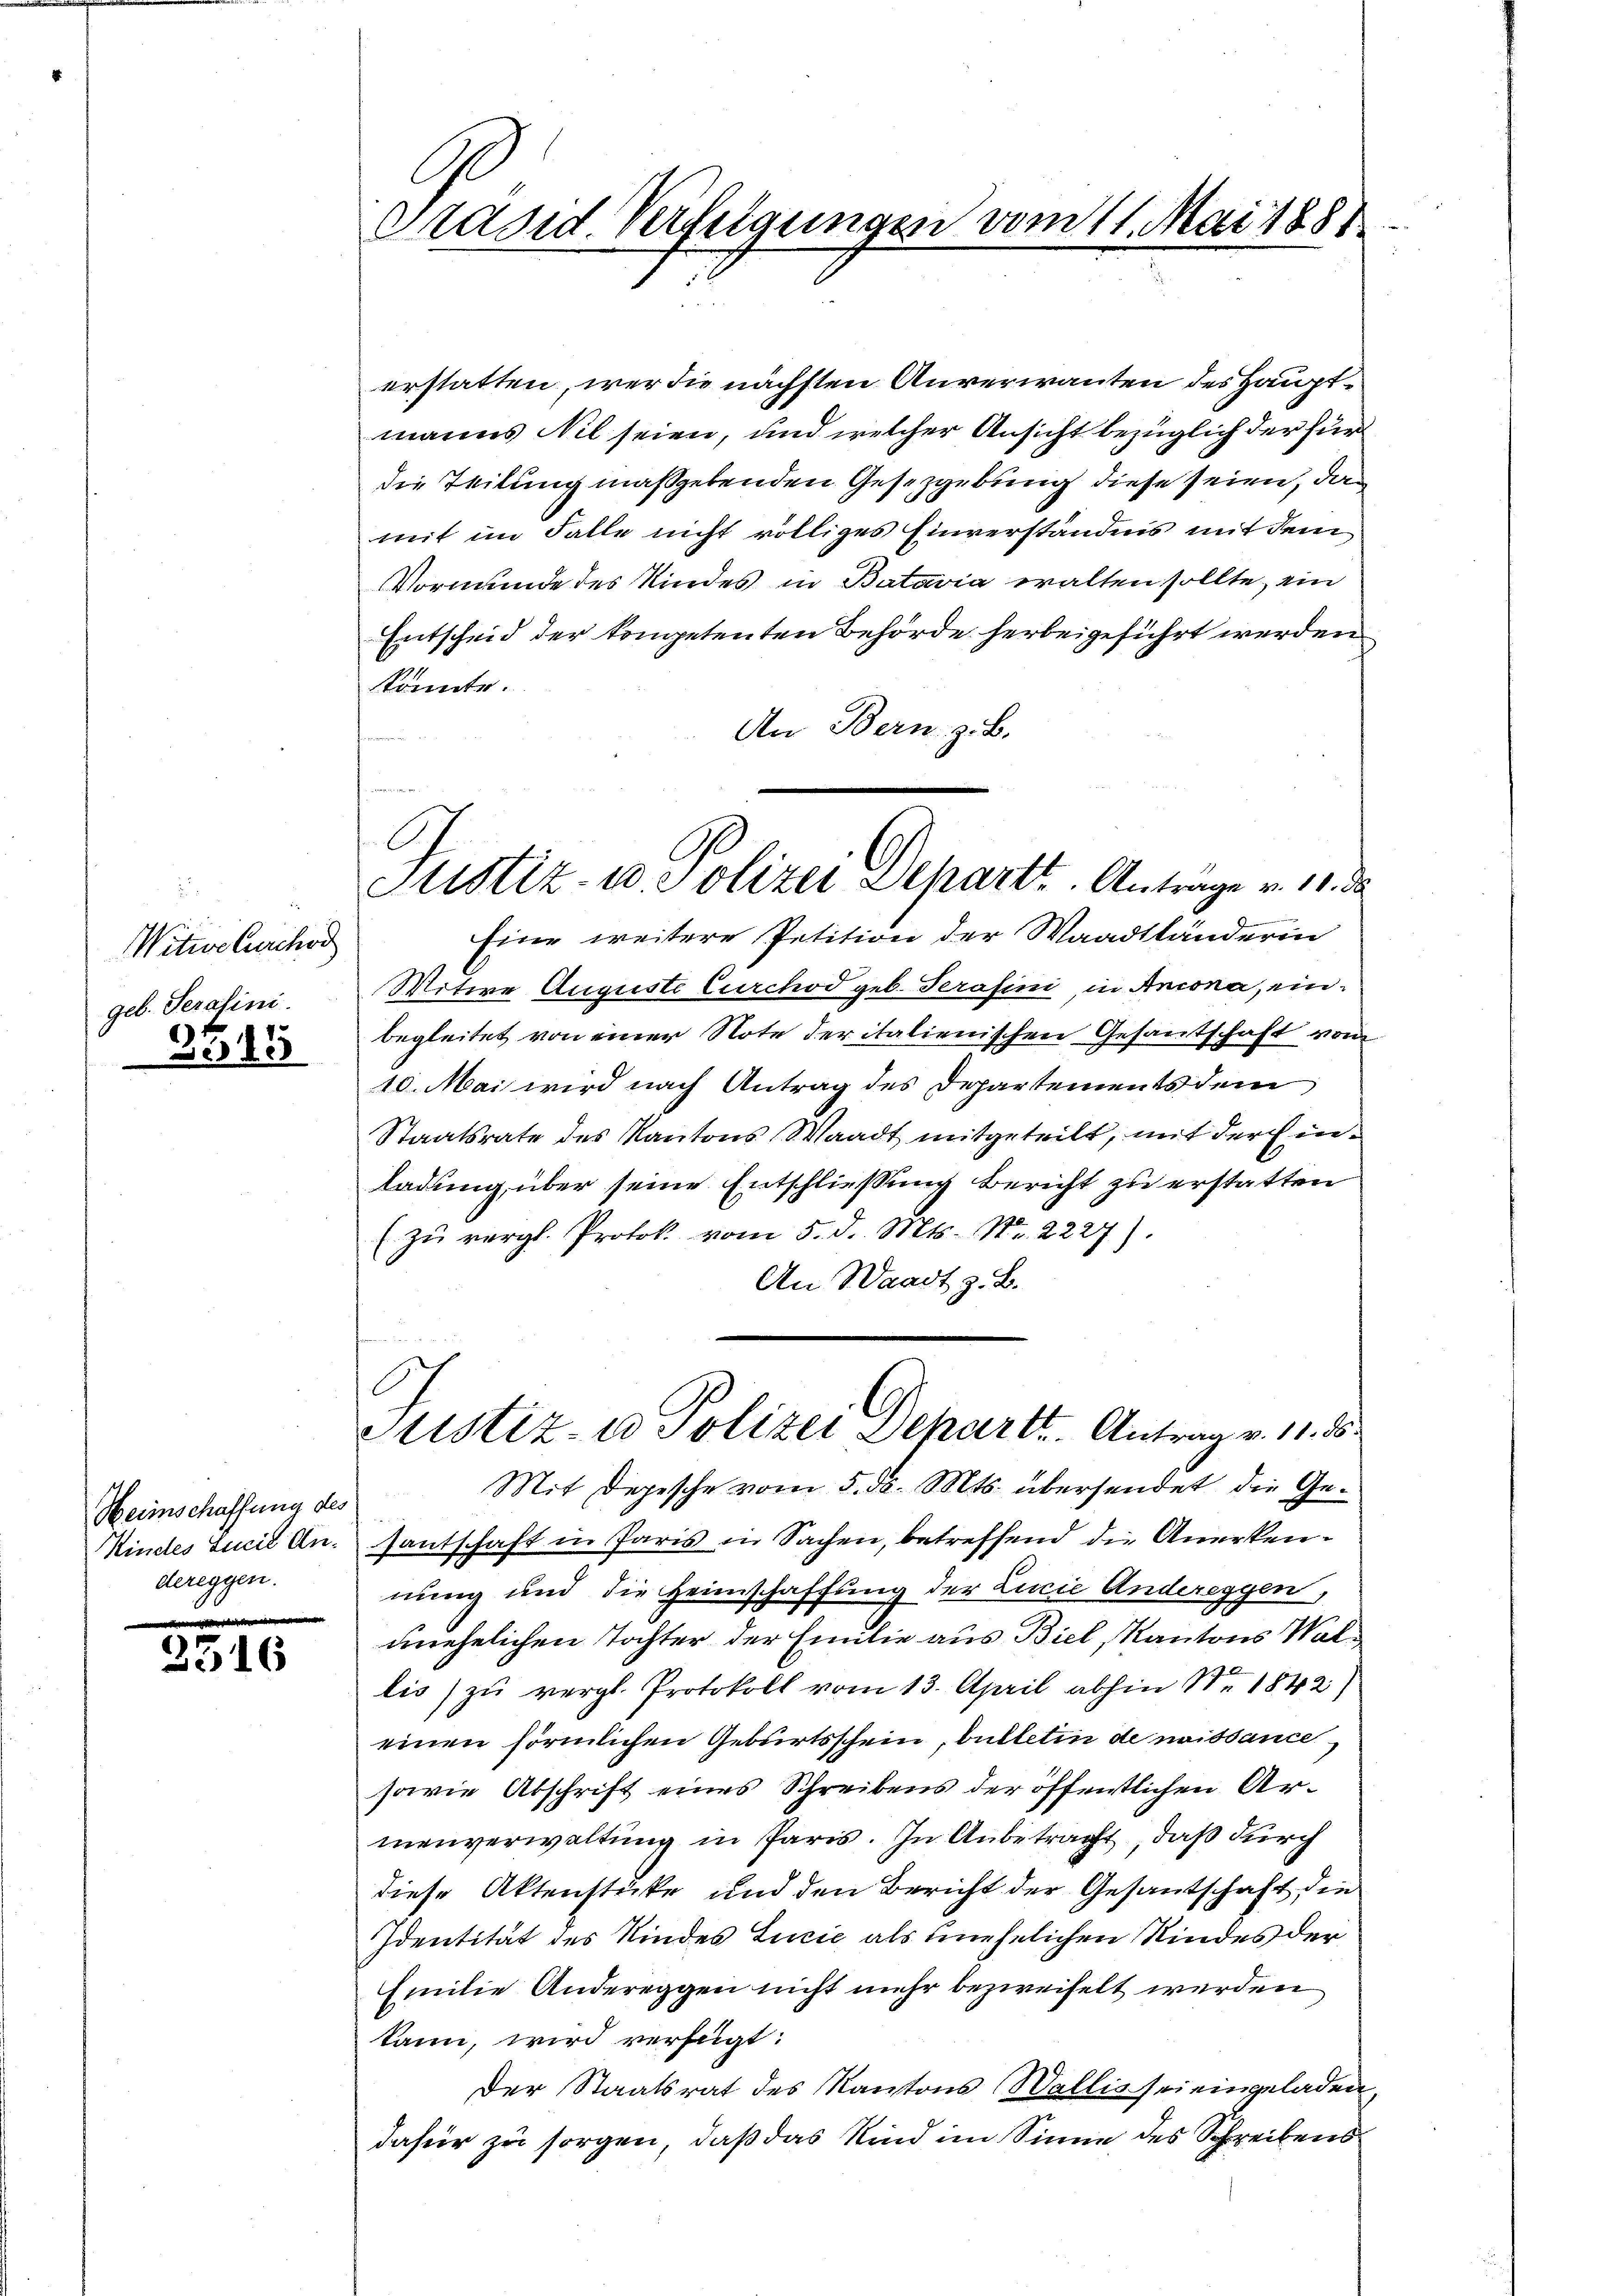
Witwe Curchor
geb. Serasini.

3345

Heimschaffung des
dereggen.

2315

Präsid. Verfügungen vom 11. Mai 1888.

erstatten, wer die nächsten Anverwanten des Hauptmanns Nil seien, und welcher Ansicht bezüglich der für
die Teilung maßgebenden Gesetzgebung diese seien, das
mit im Falle nicht völliges Einverständnis mit dem
Vormunde des Kindes in Bataria walten sollte, ein
Entscheid der kompetenten Behörde herbeigeführt werden
könnte.
An Bern, z. B.

e
Eine weitere Petition der Waadtländerin
Witwe Auguste Curchod geb. Serasini, in Ancona, einbegleitet von einer Note der italienischen Gesantschaft vom
10. Mai wird nach Antrag des Departements dem
Staatsrate des Kantons Waadt mitgeteilt, mit der Einladung über seine Entschliessung bericht zu erstatten
( zŭ vergl. Protok. vom 5. d. Mts. Nr. 2227).
An Waadt z. B.

Mit Depesche vom 5. d. Mts. übersendet die Ge¬
Kindes Sicil An. fantschaft in Paris in Sachen, betreffend die Anerkennung und die Heimschaffung der Lucie Andereggen,
unehelichen Tochter der Emilie aus Biel, Kantons Walilis) zu vergl. Protokoll vom 13. April abhin Nr. 1842)
einen förmlichen Geburtsschein, bulletin de naissance,
sowie Abschrift eines Schreibens der öffentlichen Armenverwaltung in Paris. In Anbetracht, daß durch
diese Aktenstücke und den Bericht der Gesantschaft die
Identität des Kindes Lucić als unehelichen Kindes der
Emilie Andereggen nicht mehr bezweifelt werden
kann, wird verfügt:
Der Staatsrat des Kantons Wallis sei eingeladen,
dafür zu sorgen, daß das Kind im Sinne des Schreibens

Justiz- u. Polizei Depart. Antrage v. 11. d.

Justiz- u Polizei Deharte. Antrag v. 11. d